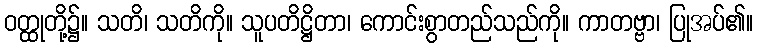
ဝတ္ထုတို့၌။ သတိ၊ သတိကို။ သူပတိဋ္ဌိတာ၊ ကောင်းစွာတည်သည်ကို။ ကာတဗ္ဗာ၊ ပြုအပ်၏။